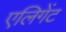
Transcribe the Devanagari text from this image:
एलिगेंट